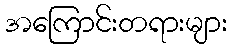
အကြောင်းတရားများ